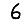
Digit: 6